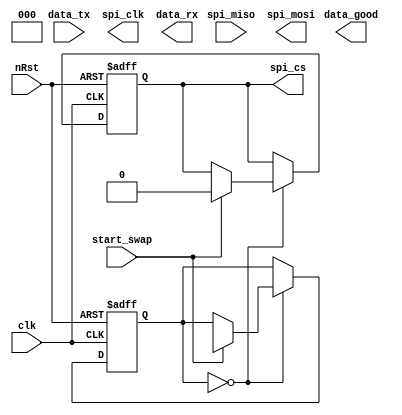
module spi(
	input				         clk,
	input				         nRst,
   input                   start_swap,
   input          [7:0]    data_tx,
	input				         spi_miso,
	output	reg            spi_mosi,
	output	reg	         spi_cs,
	output	reg	         spi_clk,
   output         [7:0]    data_rx,
   output   reg            data_good
);
   
   parameter IDLE = 4'h0;

   reg [7:0]   data;
   reg [3:0]   state;

	always@(posedge clk or negedge nRst) begin
		if(!nRst) begin
         state    <= IDLE;
		   data     <= 8'h00;			
         spi_cs   <= 1'b1;
      end else begin
		   case(state)
            IDLE: if(start_swap) begin
                     data     <= data_tx;   
                     spi_cs   <= 1'b0;
                     state    <= BIT_0;

                  end
         endcase
      end
	end
endmodule